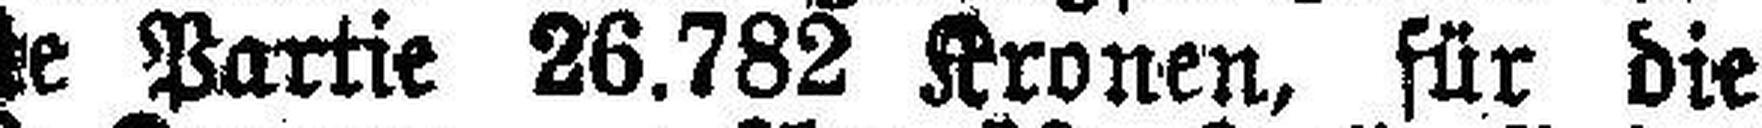
trägt für die erste Partie 26.782 Kronen, für die